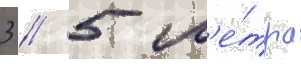
3 / 5 м'е́тра